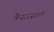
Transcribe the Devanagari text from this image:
कैसरसाल